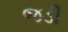
જડી